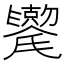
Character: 𫬯